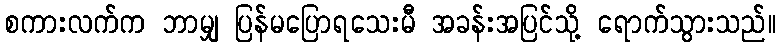
စကားလက်က ဘာမျှ ပြန်မပြောရသေးမီ အခန်းအပြင်သို့ ရောက်သွားသည်။